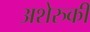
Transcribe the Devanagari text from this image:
अशेरुकी